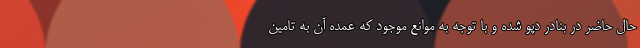
حال حاضر در بنادر دپو شده و با توجه به موانع موجود که عمده آن به تامین